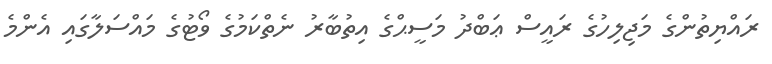
ރައްޔިތުންގެ މަޖިލިހުގެ ރައީސް ޢަބްދު މަސީޙްގެ އިތުބާރު ނެތްކަމުގެ ވޯޓުގެ މައްސަލާގައި އެންމެ